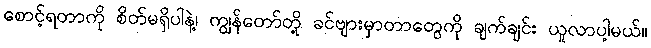
စောင့်ရတာကို စိတ်မရှိပါနဲ့၊ ကျွန်တော်တို့ ခင်ဗျားမှာတာတွေကို ချက်ချင်း ယူလာပါ့မယ်။